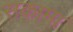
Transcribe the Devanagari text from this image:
सकामा